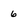
Character: 6